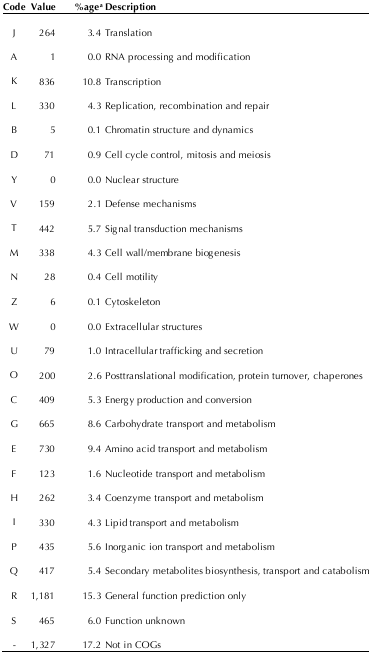
| Code | Value | %agea | Description |
 | --- | --- | --- | --- |
 | J | 264 | 3.4 | Translation |
 | A | 1 | 0.0 | RNA processing and modification |
 | K | 836 | 10.8 | Transcription |
 | L | 330 | 4.3 | Replication, recombination and repair |
 | B | 5 | 0.1 | Chromatin structure and dynamics |
 | D | 71 | 0.9 | Cell cycle control, mitosis and meiosis |
 | Y | 0 | 0.0 | Nuclear structure |
 | V | 159 | 2.1 | Defense mechanisms |
 | T | 442 | 5.7 | Signal transduction mechanisms |
 | M | 338 | 4.3 | Cell wall/membrane biogenesis |
 | N | 28 | 0.4 | Cell motility |
 | Z | 6 | 0.1 | Cytoskeleton |
 | W | 0 | 0.0 | Extracellular structures |
 | U | 79 | 1.0 | Intracellular trafficking and secretion |
 | O | 200 | 2.6 | Posttranslational modification, protein turnover, chaperones |
 | C | 409 | 5.3 | Energy production and conversion |
 | G | 665 | 8.6 | Carbohydrate transport and metabolism |
 | E | 730 | 9.4 | Amino acid transport and metabolism |
 | F | 123 | 1.6 | Nucleotide transport and metabolism |
 | H | 262 | 3.4 | Coenzyme transport and metabolism |
 | I | 330 | 4.3 | Lipid transport and metabolism |
 | P | 435 | 5.6 | Inorganic ion transport and metabolism |
 | Q | 417 | 5.4 | Secondary metabolites biosynthesis, transport and catabolism |
 | R | 1,181 | 15.3 | General function prediction only |
 | S | 465 | 6.0 | Function unknown |
 | - | 1,327 | 17.2 | Not in COGs |